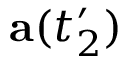
\mathbf { a } ( t _ { 2 } ^ { \prime } )